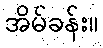
အိမ်ခန်း။